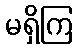
မရှိကြ